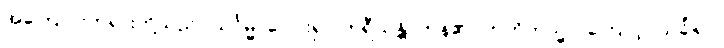
အကြောင်းတရားတို့သည်။ သင်္ဂမ္မ၊ ပေါင်း၍။ ကရီယန္တိ၊ ကုန်၏။ ဣတိတသ္မာ၊ ကြောင့်။ သင်္ခါရာ၊